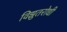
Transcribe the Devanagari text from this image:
विझुतरोधी